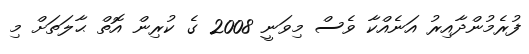
ފުރެމުންދާއިރު އަނެއްކާ ވެސް މިވަނީ 2008 ގެ ކުރިން އޮތް ޙާލަތަށް މި